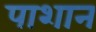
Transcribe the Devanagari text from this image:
पाशान